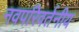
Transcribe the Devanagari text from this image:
नवपरिवर्तनीय